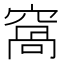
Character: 窩